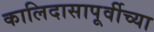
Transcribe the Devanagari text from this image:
कालिदासापूर्वीच्या